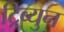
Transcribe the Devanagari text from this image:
ट्रिब्युन